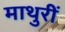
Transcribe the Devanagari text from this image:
माथुरीं